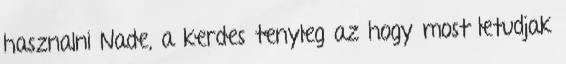
hasznalni Nade, a kerdes tenyleg az hogy most letudjak